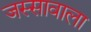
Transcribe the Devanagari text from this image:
जस्‍सावाला